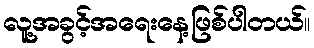
လူ့အခွင့်အရေးနေ့ဖြစ်ပါတယ်။